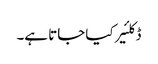
ڈکلئیر کیا جاتا ہے۔